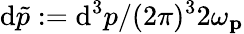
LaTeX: \mathrm{d}{\tilde{p}}:=\mathrm{d}^{3}p/(2\pi)^{3}2\omega_{\textbf{p}}